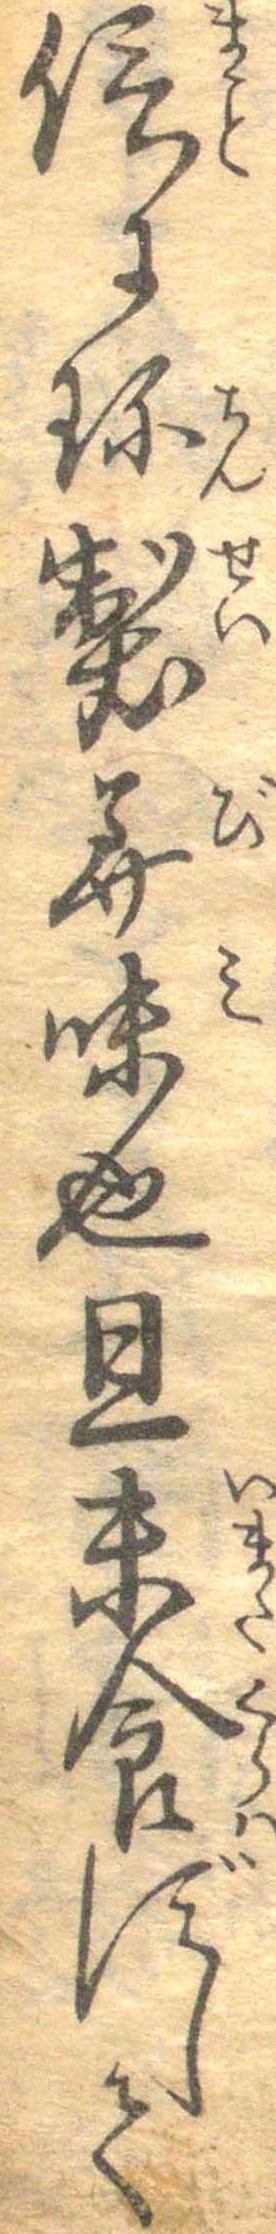
信に珍製美味也且未食ずして